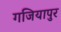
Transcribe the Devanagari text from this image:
गजियापुर